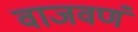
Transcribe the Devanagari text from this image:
वाजवणं